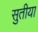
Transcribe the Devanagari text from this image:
सुतीया